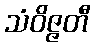
သံဝိဇ္ဇတီ